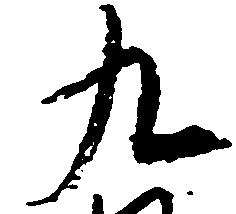
九